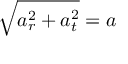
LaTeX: { \sqrt { a _ { r } ^ { 2 } + a _ { t } ^ { 2 } } } = a